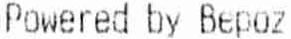
POWERED BY BEPOZ